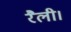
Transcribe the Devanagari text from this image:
रैली।